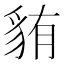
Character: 𫎋